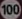
100